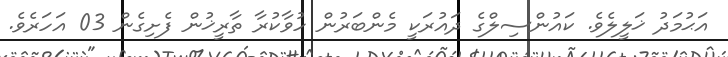
އަޙުމަދު ޚަލީލެވެ. ކައުންސިލްގެ ދައުރަކީ މެންބަރުން ހުވާކުރާ ތާރީޚުން ފެށިގެން 03 އަހަރެވެ.